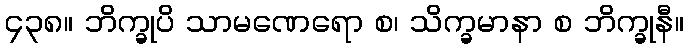
၄၃၈။ ဘိက္ခုပိ သာမဏေရော စ၊ သိက္ခမာနာ စ ဘိက္ခုနီ။